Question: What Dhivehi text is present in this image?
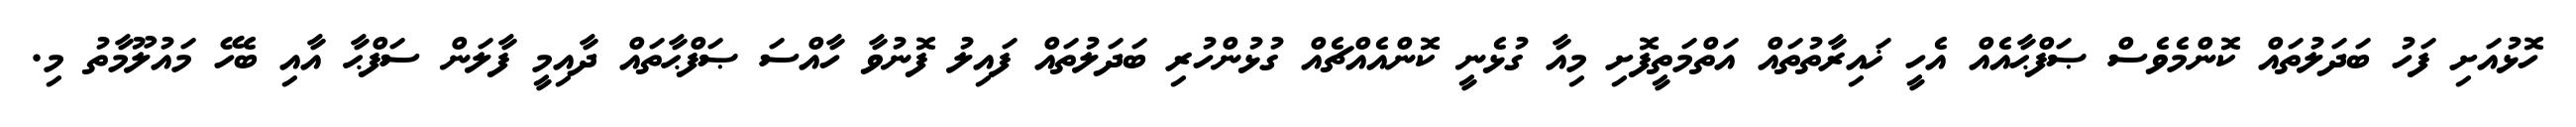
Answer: ހޮޅުއަށި ފަހު ބަދަލުތައް ކޮންމެވެސް ޞަފްޙާއެއް އެހީ ޚައިރާތުތައް އަތްމަތީފޮށި މިއާ ގުޅެނީ ކޮންއެއްޗެއް ގުޅުންހުރި ބަދަލުތައް ފައިލު ފޮނުވާ ހާއްސަ ޞަފްޙާތައް ދާއިމީ ފާލަން ސަފްޙާ އާއި ބެހޭ މައުލޫމާތު މި.